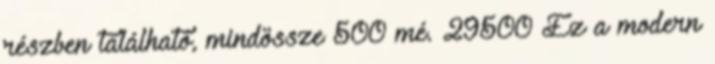
részben található, mindössze 500 mé. 29500 Ez a modern